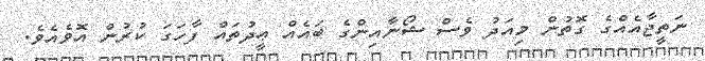
ނަތީޖާއެއްގެ ގޮތުން މިއަދު ވެސް ޝޯނާއިންގެ ބައެއް ޢީދުތައް ފާހަގަ ކުރުން އޮވެއެވެ.